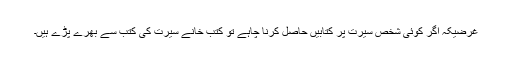
غرضیکہ اگر کوئی شخص سیرت پر کتابیں حاصل کرنا چاہے تو کتب خانے سیرت کی کتب سے بھرے پڑے ہیں۔